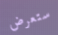
ستعرض